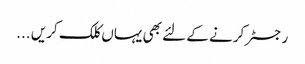
رجسٹر کرنے کے لئے بھی یہاں کلک کریں ...